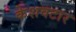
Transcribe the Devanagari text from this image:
केशवटार